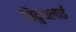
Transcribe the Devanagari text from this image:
विदुथलाई